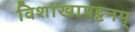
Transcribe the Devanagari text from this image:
विशाखापट्टनम्